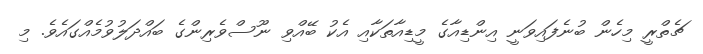
ޗެތްރީ މިހެން ބުނެފައިވަނީ އިންޑިއާގެ މީޑިއާތަކާއި އެކު ބޭއްވި ނޫސްވެރިންގެ ބައްދަލުވުމެއްގައެވެ. މި